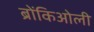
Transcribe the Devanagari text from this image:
ब्रोंकिओली